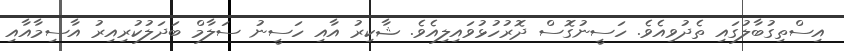
އިސްތިގުބާލުގައި ތެދުވިއެވެ. ހަސީނުގޮސް ދޮރުހުޅުވައިލިއެވެ. ޝާކިރު އާއި ހަސީނު ސަލާމް ބަދަލުކުރިއިރު އާސިމާއާއި